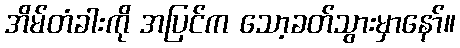
အိမ်တံခါးကို အပြင်က သော့ခတ်သွားမှာနော်။